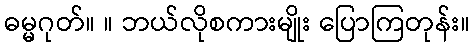
ဓမ္မဂုတ်။ ။ ဘယ်လိုစကားမျိုး ပြောကြတုန်း။